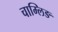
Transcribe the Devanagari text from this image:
चाम्लिङ